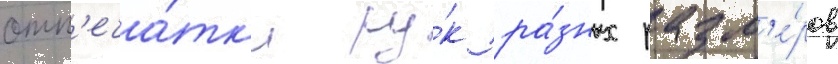
отп'еча́тк'и ру́к ра́зных разм'е́ров